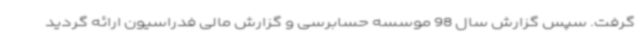
گرفت. سپس گزارش سال 98 موسسه حسابرسی و گزارش مالی فدراسیون ارائه گردید